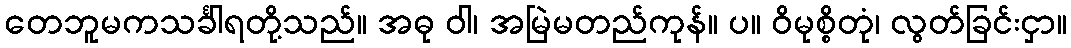
တေဘူမကသင်္ခါရတို့သည်။ အဓု ဝါ၊ အမြဲမတည်ကုန်။ ပ။ ဝိမုစ္စိတုံ၊ လွတ်ခြင်းငှာ။